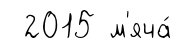
2015 м'яча́